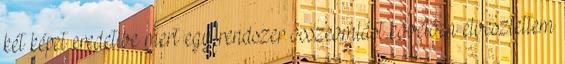
két képet eredetibe mert egy rendszer összeomlást követően elvesztettem